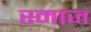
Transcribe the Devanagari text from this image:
स्माज